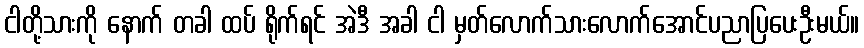
ငါတို့သားကို နောက် တခါ ထပ် ရိုက်ရင် အဲဒီ အခါ ငါ မှတ်လောက်သားလောက်အောင်ပညာပြပေးဦးမယ်။